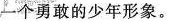
个勇敢的少年形象。